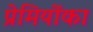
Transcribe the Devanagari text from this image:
प्रेमियोंका